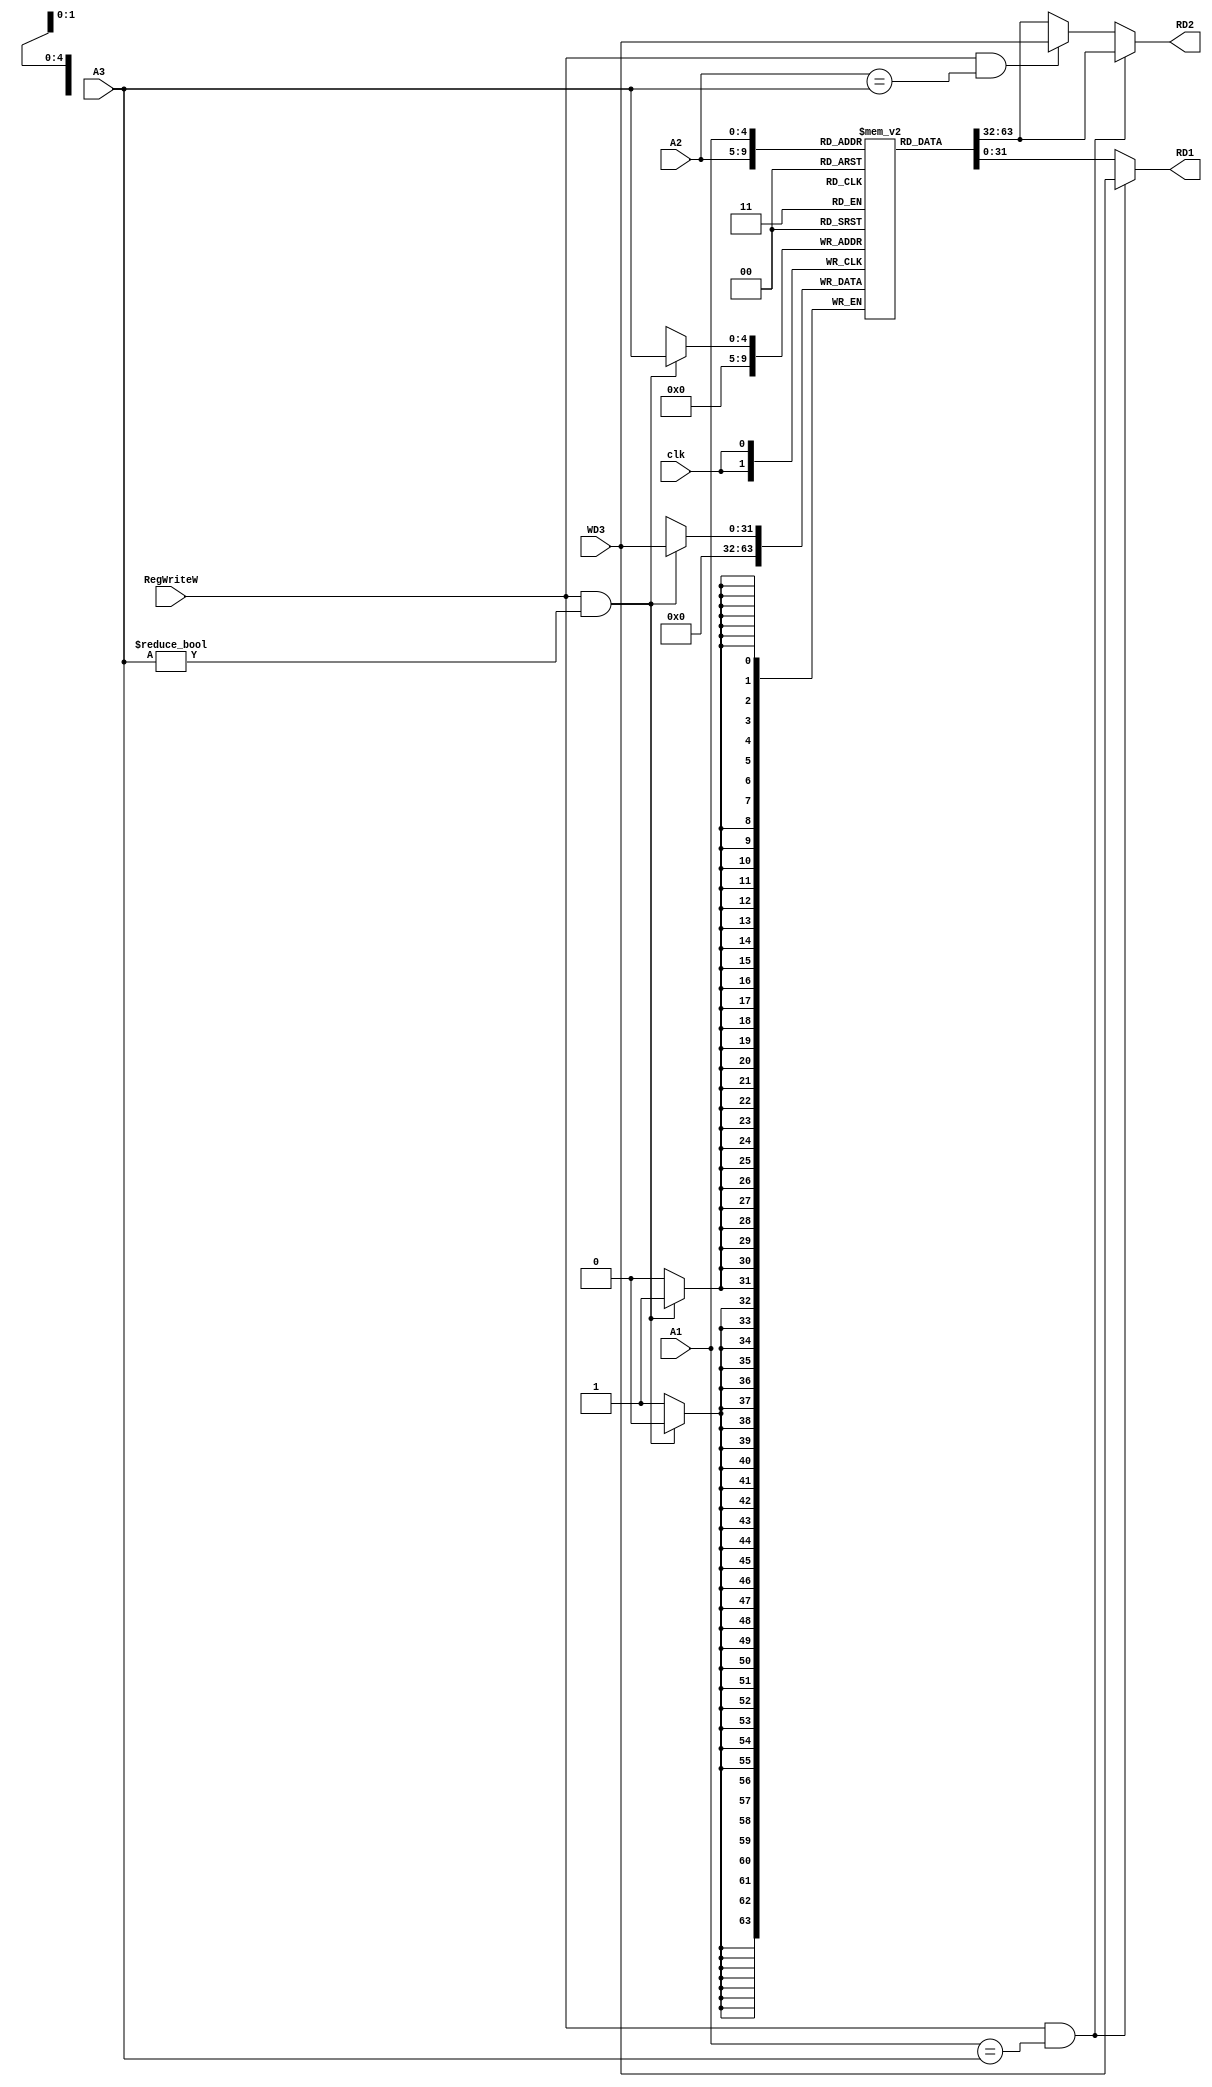
module rf(input[4:0] A1,A2,A3,input[31:0] WD3,input clk,RegWriteW,
output reg[31:0] RD1,RD2);
reg[31:0] mem[0:31];
initial
begin
mem[0]=32'd0;
end
//only read not forwarding
//assign RD1=mem[A1];
//assign RD2=mem[A2];

always @(posedge clk)
begin
if(RegWriteW && A3!=5'd0)
	mem[A3]<=WD3;
else
	mem[0]<=32'd0; 
end
//write back add forwarding
always @(*)
begin
if(RegWriteW && A1==A3)begin
	RD1=WD3;
	RD2=mem[A2];	
	end
else if(RegWriteW && A2==A3)begin
	RD1=mem[A1];
	RD2=WD3;
	end
else begin
	RD1=mem[A1];
	RD2=mem[A2];
	end
end

endmodule